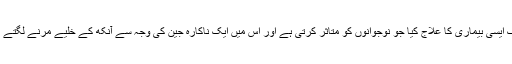
آکسفورڈ یونیورسٹی میں سائنس دانوں کی ایک ٹیم نے ایک ایسی بیماری کا علاج کیا جو نوجوانوں کو متاثر کرتی ہے اور اس میں ایک ناکارہ جین کی وجہ سے آنکھ کے خلیے مرنے لگتے ہیں جسکی وجہ سے مریض رفتہ رفتہ نابینا ہو جاتے ہیں۔